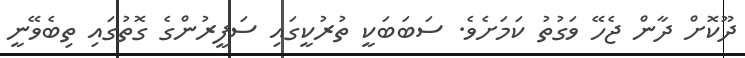
ދޫކޮށް ދާން ޖެހޭ ވަގުތު ކަމަށެވެ. ސަބަބަކީ ތުރުކީގައި ސަފީރުންގެ ގޮތުގައި ތިބެވޭނީ